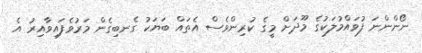
ނޯންންނަ ފުވައްމުލަކުގެ މޫދަށް މީގެ ކުރިންވެސް އެތައް ބަޔަކު ގެނބިގެން މަރުވެފައިވާއިރު އެ